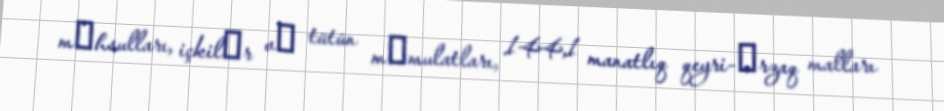
mәhsulları, içkilәr vә tütün mәmulatları, 144,1 manatlıq qeyri-әrzaq malları